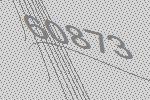
60873